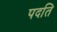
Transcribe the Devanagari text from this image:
पदति